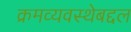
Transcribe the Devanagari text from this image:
क्रमव्यवस्थेबद्दल